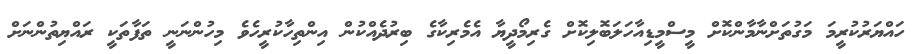
ހައްޔަރުކުރީމަ މަގުތަށްނާމާންކޮށް މީސްމީޑިއާހަލަބޮލިކޮށް ގެރިމޯދީޔާ އެމެރިކާގެ ބިރުދެއްކުން އިންތިހާކުރީހެވެ މިހުންނަނީ ތަފާތަކީ ރައްޔިތުންނަށް